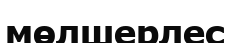
мөлшерлес